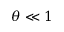
\theta \ll 1